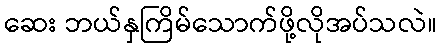
ဆေး ဘယ်နှကြိမ်သောက်ဖို့လိုအပ်သလဲ။